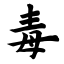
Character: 毒